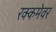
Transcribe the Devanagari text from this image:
रक्कमेवर